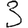
Digit: 3